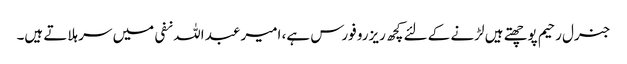
جنرل رحیم پوچھتے ہیں لڑنے کے لئے کچھ ریزرو فورس ہے، امیر عبد اللہ نفی میں سر ہلاتے ہیں۔